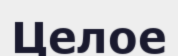
Целое